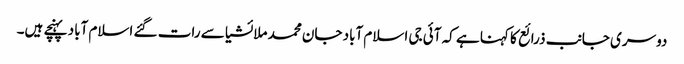
دوسری جانب ذرائع کا کہنا ہے کہ آئی جی اسلام آباد جان محمد ملائشیا سے رات گئے اسلام آباد پہنچے ہیں۔